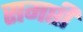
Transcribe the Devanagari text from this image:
समप्ती